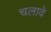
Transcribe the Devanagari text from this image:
चलावे